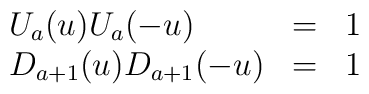
\begin{array}{lll}U_a(u)U_a(-u)&=&1\\D_{a+1}(u) D_{a+1}(-u)&=&1\end{array}\;